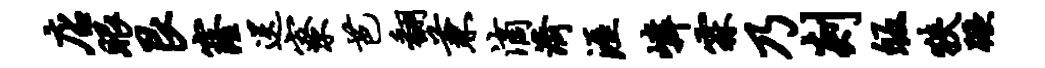
店眼艮窿送寮芭翻兼滴济涯嶙霖乃剡皈狭蹶